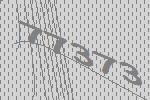
77373